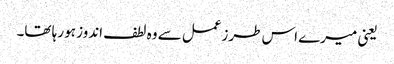
یعنی میرے اس طرزعمل سے وہ لطف اندوز ہو رہا تھا۔